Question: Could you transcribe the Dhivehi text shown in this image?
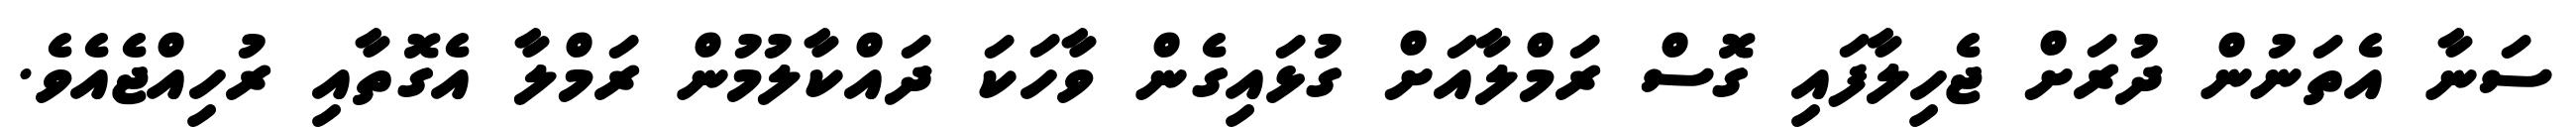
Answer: ސަނާ އެތަނުން ދުރަށް ޖެހިލާފައި ގޮސް ރަމްލާއަށް ގުޅައިގެން ވާހަކަ ދައްކާލުމުން ރަމްލާ އެގޮތާއި ރުހިއްޖެއެވެ.